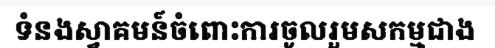
ទំនងស្វាគមន៍ចំពោះការចូលរួមសកម្មជាង